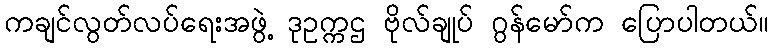
ကချင်လွတ်လပ်ရေးအဖွဲ့ ဒုဥက္ကဌ ဗိုလ်ချုပ် ဂွန်မော်က ပြောပါတယ်။